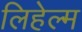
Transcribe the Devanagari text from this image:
लिहेल्म